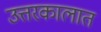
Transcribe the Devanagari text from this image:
उत्तरकालात